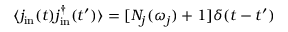
\langle j _ { \mathrm { i n } } ( t ) j _ { \mathrm { i n } } ^ { \dagger } ( t ^ { \prime } ) \rangle = [ N _ { j } ( \omega _ { j } ) + 1 ] \delta ( t - t ^ { \prime } )